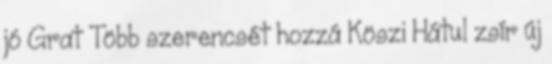
jó Grat Több szerencsét hozzá Köszi Hátul zsír új